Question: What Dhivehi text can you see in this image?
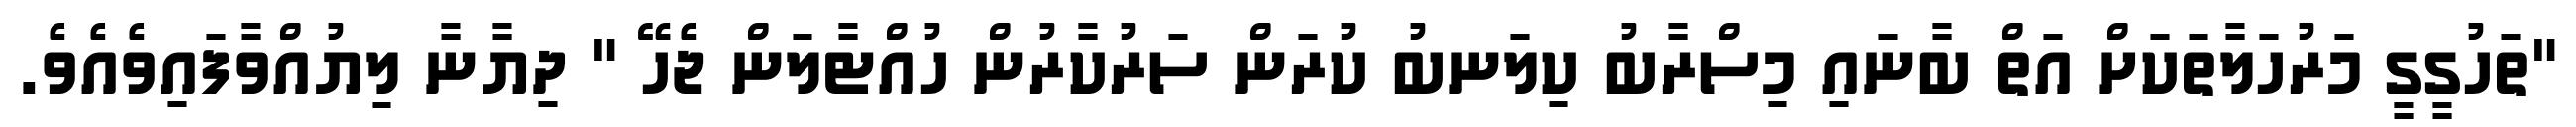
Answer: "ތަހުގީގީ މަރުހަލާތަކަށް އަތް ބާނައި މިސްރާބު ކިލަނބު ކުރަން ސަރުކާރުން ހުއްޓާލަން ޖެހޭ " ދިޔާނާ ލިޔުއްވާފައިވެއެވެ.